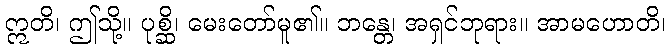
ဣတိ၊ ဤသို့။ ပုစ္ဆိ၊ မေးတော်မူ၏။ ဘန္တေ၊ အရှင်ဘုရား။ အာမဟောတိ၊